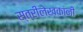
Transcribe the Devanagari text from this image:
स्त्रीलेखकांनी